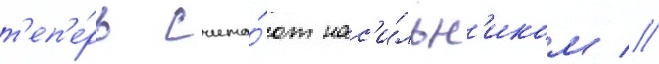
т'еп'е́рь счита́ют нас'и́льн'иком //